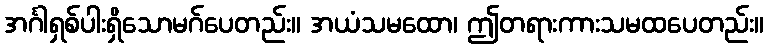
အင်္ဂါရှစ်ပါးရှိသောမဂ်ပေတည်း။ အယံသမထော၊ ဤတရားကားသမထပေတည်း။